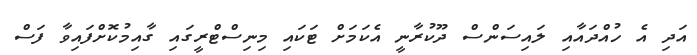
އަދި އެ ހުއްދައާއި ލައިސަންސް ދޫކުރާނީ އެކަމަށް ޓަކައި މިނިސްޓްރީގައި ގާއިމުކޮށްފައިވާ ފަސް